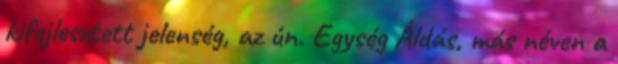
kifejlesztett jelenség, az ún. Egység Áldás, más néven a